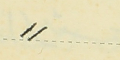
⸗